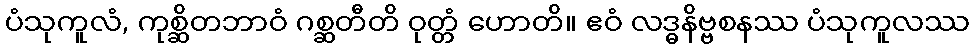
ပံသုကူလံ, ကုစ္ဆိတဘာဝံ ဂစ္ဆတီတိ ဝုတ္တံ ဟောတိ။ ဧဝံ လဒ္ဓနိဗ္ဗစနဿ ပံသုကူလဿ